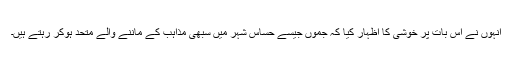
انہوں نے اس بات پر خوشی کا اظہار کیا کہ جموں جیسے حساس شہر میں سبھی مذاہب کے ماننے والے متحد ہوکر رہتے ہیں۔